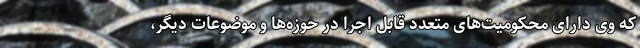
که وی دارای محکومیت‌های متعدد قابل اجرا در حوزه‌ها و موضوعات دیگر،